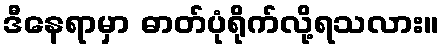
ဒီနေရာမှာ ဓာတ်ပုံရိုက်လို့ရသလား။